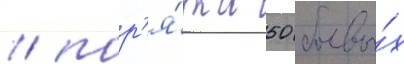
/ пор'я́дка 50 боевы́х